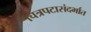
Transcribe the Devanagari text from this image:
चित्रपटासंदर्भात